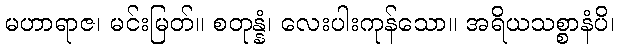
မဟာရာဇ၊ မင်းမြတ်။ စတုန္နံ၊ လေးပါးကုန်သော။ အရိယသစ္စာနံပိ၊